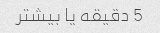
5 دقیقه یا بیشتر